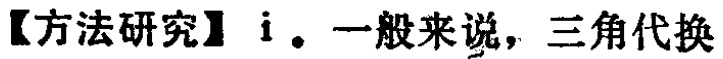
【方法研究】i. 一般来说，三角代换